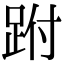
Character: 跗